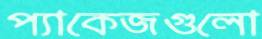
প্যাকেজগুলো